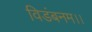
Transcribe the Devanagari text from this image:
विडंबनम।।